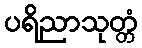
ပရိညာသုတ္တံ